Calcutta medical institutions reports 1892-1900
Year: 1892
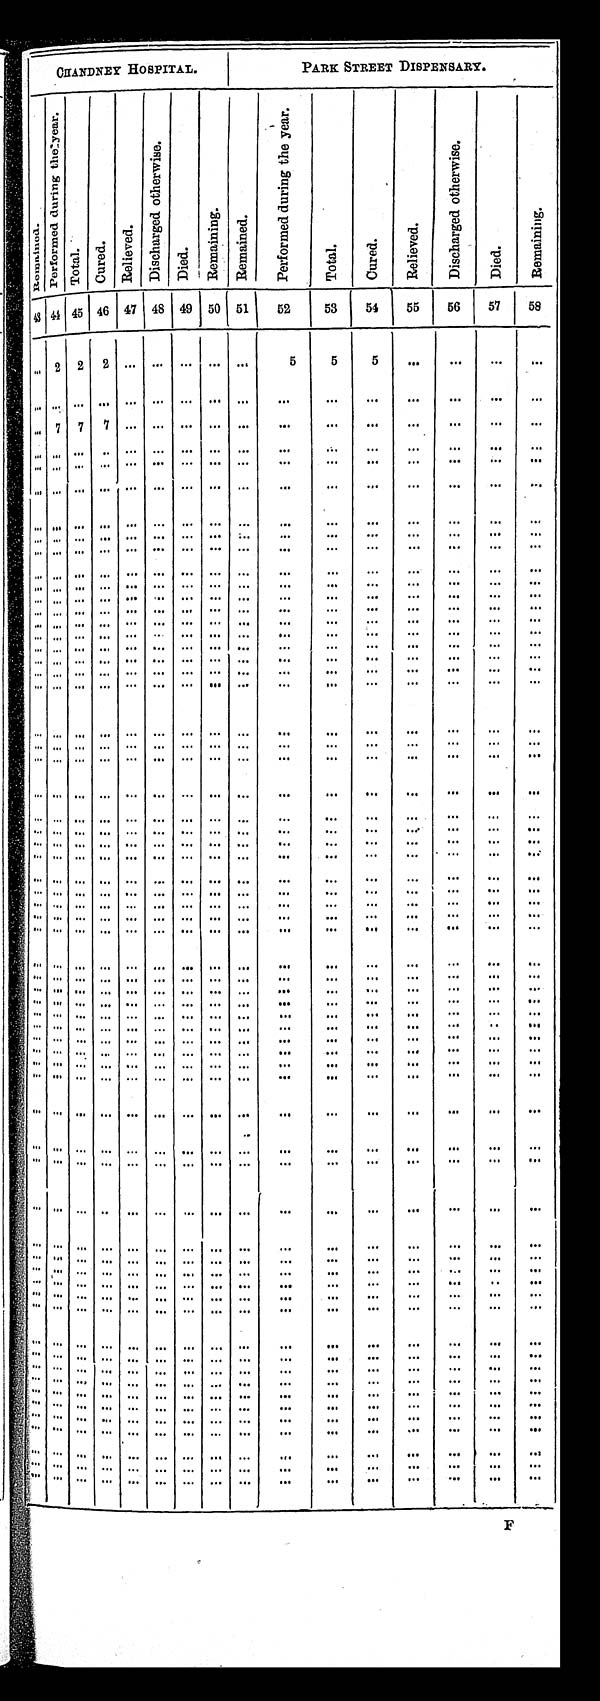
CHANDNEY HOSPITAL.
PARK STREET DISPENSARY.
R e m a i n e d .
P e r f o r m e d d u r i n g t h e y e a r .
T o t a l .
C u r e d .
R e l i e v e d .
D i s c h a r g e d o t h e r w i s e .
D i e d .
R e m a i n i n g .
R e m a i n e d .
P e r f o r m e d d u r i n g t h e y e a r .
T o t a l .
C u r e d .
R e l i e v e d .
D i s c h a r g e d o t h e r w i s e .
D i e d .
Re ma i ni ng.
43 44 45 46 47 48 49 50 51
52
53
54
55
56
57
58
. . . 2
2 2
. . .
. . .
. . .
. . . . . .
5
5
5
. . .
. . .
. . . . . .
. . .
. . .
. . .
. . .
. . .
. . .
. . .
. . . . . .
. . .
. . .
. . .
. . .
. . .
. . . . . .
. . . 7
7
7
. . .
. . .
. . .
. . . . . .
. . .
. . .
. . .
. . .
. . .
. . .
. . .
. . . . . .
. . .
. . .
. . .
. . .
. . .
. . .
. . .
. . .
. . .
. . .
. . .
. . .
. . . . . .
. . . . . .
. . .
. . .
. . .
. . .
. . .
. . . . . .
. . .
. . .
. . .
. . .
. . .
. . . . . .
. . . . . .
. . .
. . .
. . .
. . .
. . .
. . . . . .
. . .
. . .
. . .
. . .
. . .
. . .
. . .
. . . . . .
. . .
. . .
. . .
. . .
. . .
. . .
. . .
. . .
. . .
. . .
. . .
. . .
. . .
. . .
. . . . . .
. . .
. . .
. . .
. . .
. . .
. . . . . .
. . .
. . .
. . .
. . .
. . .
. . . . . .
. . . . . .
. . .
. . .
. . .
. . .
. . .
. . .
. . .
. . .
. . .
. . .
. . .
. . .
. . .
. . .
. . . . . .
. . .
. . .
. . .
. . .
. . .
. . . . . .
. . .
. . .
. . .
. . .
. . .
. . .
. . .
. . . . . .
. . .
. . .
. . .
. . .
. . .
. . . . . .
. . .
. . .
. . .
. . .
. . .
. . . . . .
. . . . . .
. . .
. . .
. . .
. . .
. . .
. . . . . .
. . .
. . .
. . .
. . .
. . .
. . . . . .
. . . . . .
. . .
. . .
. . .
. . .
. . .
. . . . . .
. . .
. . .
. . .
. . .
. . .
. . .
. . .
. . . . . .
. . .
. . .
. . .
. . .
. . .
. . .
. . .
. . .
. . .
. . .
. . .
. . .
. . . . . .
. . . . . .
. . .
. . .
. . .
. . .
. . .
. . . . . .
. . .
. . .
. . .
. . .
. . .
. . .
. . .
. . . . . .
. . .
. . .
. . .
. . .
. . .
. . . . . .
. . .
. . .
. . .
. . .
. . .
. . . . . .
. . . . . .
. . .
. . .
. . .
. . .
. . .
. . .
. . .
. . .
. . .
. . .
. . .
. . .
. . . . . .
. . .
. . .
. . .
. . .
. . .
. . .
. . .
. . .
. . .
. . .
. . .
. . .
. . .
. . .
. . . . . .
. . . . . .
. . .
. . .
. . .
. . .
. . .
. . . . . .
. . .
. . .
. . .
. . .
. . .
. . . . . .
. . . . . .
. . .
. . .
. . .
. . .
. . .
. . . . . .
. . .
. . .
. . .
. . .
. . .
. . .
. . .
. . . . . .
. . .
. . .
. . .
. . .
. . .
. . .
. . .
. . .
. . .
. . .
. . .
. . .
. . . . . .
. . . . . .
. . .
. . .
. . .
. . .
. . .
. . . . . .
. . .
. . .
. . .
. . .
. . .
. . . . . .
. . . . . .
. . .
. . .
. . .
. . .
. . .
. . .
. . .
. . .
. . .
. . .
. . .
. . .
. . . . . .
. . .
. . .
. . .
. . .
. . .
. . .
. . .
. . .
. . .
. . .
. . .
. . .
. . .
. . .
. . .
. . .
. . . . . .
. . .
. . .
. . .
. . .
. . .
. . . . . .
. . .
. . .
. . .
. . .
. . .
. . . . . .
. . . . . .
. . .
. . .
. . .
. . .
. . .
. . . . . .
. . .
. . .
. . .
. . .
. . .
. . . . . .
. . . . . .
. . .
. . .
. . .
. . .
. . .
. . . . . .
. . .
. . .
. . .
. . .
. . .
. . . . . .
. . . . . .
. . .
. . .
. . .
. . .
. . .
. . . . . .
. . .
. . .
. . .
. . .
. . .
. . . . . .
. . . . . .
. . .
. . .
. . .
. . .
. . .
. . . . . .
. . .
. . .
. . .
. . .
. . .
. . .
. . .
. . . . . .
. . .
. . .
. . .
. . .
. . .
. . . . . .
. . .
. . .
. . .
. . .
. . .
. . . . . .
. . .
. . .
. . .
. . .
. . .
. . .
. . .
. . .
. . .
. . .
. . .
. . .
. . .
. . .
. . . . . .
. . . . . .
. . .
. . .
. . .
. . .
. . .
. . . . . .
. . .
. . .
. . .
. . .
. . .
. . . . . .
. . .
. . .
. . .
. . .
. . .
. . .
. . .
. . . . . .
. . .
. . .
. . .
. . .
. . .
. . . . . .
. . . . . .
. . .
. . .
. . .
. . .
. . .
. . . . . .
. . .
. . .
. . .
. . .
. . .
. . . . . .
. . . . . .
. . .
. . .
. . .
. . .
. . .
. . . . . .
. . .
. . .
. . .
. . .
. . .
. . . . . .
. . . . . .
. . .
. . .
. . .
. . .
. . .
. . . . . .
. . .
. . .
. . .
. . .
. . .
. . . . . .
. . .
. . .
. . .
. . .
. . .
. . .
. . .
. . .
. . .
. . .
. . .
. . .
. . .
. . .
. . . . . .
. . .
. . .
. . .
. . .
. . .
. . .
. . .
. . .
. . .
. . .
. . .
. . .
. . .
. . .
. . .
. . .
. . . . . .
. . .
. . .
. . .
. . .
. . .
. . .
. . .
. . .
. . .
. . .
. . .
. . .
. . . . . .
. . . . . .
. . .
. . .
. . .
. . .
. . .
. . . . . .
. . .
. . .
. . .
. . .
. . .
. . . . . .
. . . . . .
. . .
. . .
. . .
. . .
. . .
. . . . . .
. . .
. . .
. . .
. . .
. . .
. . . . . .
. . .
. . .
. . .
. . .
. . .
. . .
. . .
. . . . . .
. . .
. . .
. . .
. . .
. . .
. . . . . .
. . . . . .
. . .
. . .
. . .
. . .
. . .
. . . . . .
. . .
. . .
. . .
. . .
. . .
. . .
. . .
. . .
. . .
. . .
. . .
. . .
. . .
. . .
. . . . . .
. . .
. . .
. . .
. . .
. . .
. . .
. . .
. . .
. . .
. . .
. . .
. . .
. . .
. . .
. . .
. . .
. . .
. . .
. . .
. . .
. . .
. . .
. . . . . .
. . . . . .
. . .
. . .
. . .
. . .
. . .
. . .
. . .
. . .
. . .
. . .
. . .
. . .
. . . . . .
. . . . . .
. . .
. . .
. . .
. . .
. . .
. . .
. . .
. . .
. . .
. . .
. . .
. . .
. . .
. . .
. . . . . .
. . .
. . .
. . .
. . .
. . .
. . .
. . .
. . .
. . .
. . .
. . .
. . .
. . .
. . .
. . . . . .
. . .
. . .
. . .
. . .
. . .
. . . . . .
. . .
. . .
. . .
. . .
. . .
. . .
. . .
. . . . . .
. . .
. . .
. . .
. . .
. . .
. . . . . .
. . .
. . .
. . .
. . .
. . .
. . .
. . .
. . .
. . .
. . .
. . .
. . .
. . .
. . .
. . . . . .
. . .
. . .
. . .
. . .
. . .
. . . . . .
. . . . . .
. . .
. . .
. . .
. . .
. . .
. . .
. . .
. . .
. . .
. . .
. . .
. . .
. . . . . .
. . . . . .
. . .
. . .
. . .
. . .
. . .
. . . . . .
. . .
. . .
. . .
. . .
. . .
. . . . . .
. . . . . .
. . .
. . .
. . .
. . .
. . .
. . .
. . .
. . .
. . .
. . .
. . .
. . .
. . . . . .
. . . . . .
. . .
. . .
. . .
. . .
. . .
. . .
. . .
. . .
. . .
. . .
. . .
. . .
. . .
. . .
. . .
. . .
. . .
. . .
. . .
. . .
. . .
. . .
. . .
. . .
. . .
. . .
. . .
. . .
. . . . . .
. . . . . .
. . .
. . .
. . .
. . .
. . .
. . .
. . .
. . .
. . .
. . .
. . .
. . .
. . . . . .
. . . . . .
. . .
. . .
. . .
. . .
. . .
. . .
. . .
. . .
. . .
. . .
. . .
. . .
. . . . . .
. . . . . .
. . .
. . .
. . .
. . .
. . .
. . .
. . .
. . .
. . .
. . .
. . .
. . .
. . . . . .
. . . . . .
. . .
. . .
. . .
. . .
. . .
. . . . . .
. . .
. . .
. . .
. . .
. . .
. . . . . .
. . . . . .
. . .
. . .
. . .
. . .
. . .
. . . . . .
. . .
. . .
. . .
. . .
. . .
. . . . . .
. . .
. . .
. . .
. . .
. . .
. . .
. . .
. . . . . .
. . .
. . .
. . .
. . .
. . .
. . .
. . .
. . .
. . .
. . .
. . .
. . .
. . .
. . .
. . .
. . .
. . .
. . .
. . .
. . .
. . .
. . .
. . .